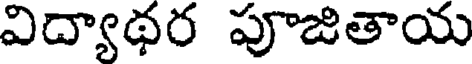
విద్యాథర పూజితాయ